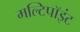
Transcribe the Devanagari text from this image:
मल्टिपॉइंट